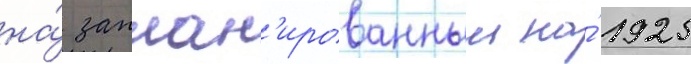
на́ заплан'ированныи на́ 1925